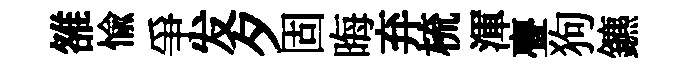
雒愉爭发夕固晦弃梳渾亹狗鑣